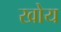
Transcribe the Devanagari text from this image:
खोय